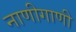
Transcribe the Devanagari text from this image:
नाणीगाणी